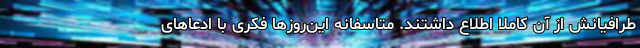
طرافیانش از آن کاملاً اطلاع داشتند. متاسفانه این‌روزها فکری با ادعاهای